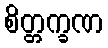
စိတ္တက္ခဏ